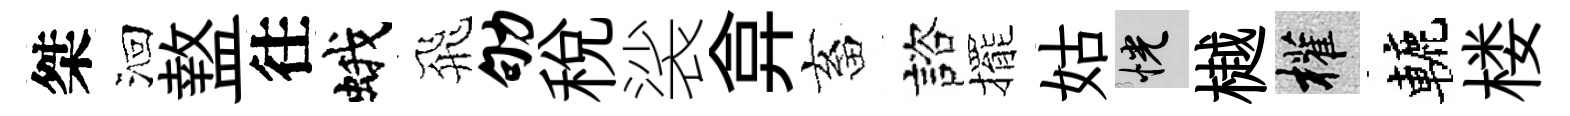
桀洄盩往蛾飛劬稅裟弇畜諮擺姑恍樾權轆楼